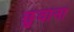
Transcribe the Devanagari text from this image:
छुवाना